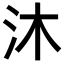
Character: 沐